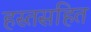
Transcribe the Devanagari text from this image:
हस्तसहित